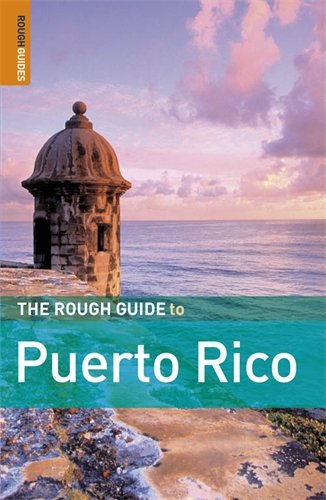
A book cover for The Rough Guide to Puerto Rico 1 (Rough Guide Travel Guides); Stephen Keeling; Travel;